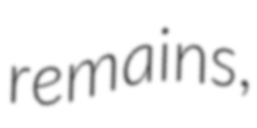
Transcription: remains,